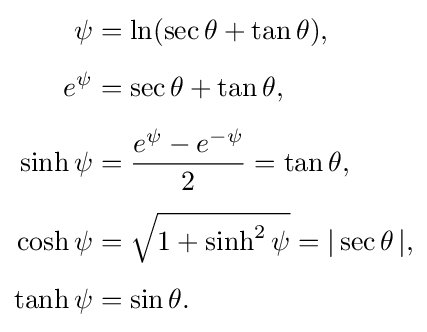
{\begin{aligned}\psi &=\ln(\sec \theta +\tan \theta ),\\[4pt]e^{\psi }&=\sec \theta +\tan \theta ,\\[4pt]\sinh \psi &={\frac {e^{\psi }-e^{-\psi }}{2}}=\tan \theta ,\\[4pt]\cosh \psi &={\sqrt {1+\sinh ^{2}\psi }}=|\sec \theta \,|,\\[4pt]\tanh \psi &=\sin \theta .\end{aligned}}